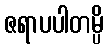
ဇရာပပါတမ္ပိ